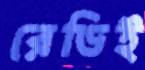
রেডিই